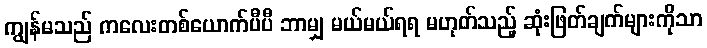
ကျွန်မသည် ကလေးတစ်ယောက်ပီပီ ဘာမျှ မယ်မယ်ရရ မဟုတ်သည့် ဆုံးဖြတ်ချက်များကိုသာ